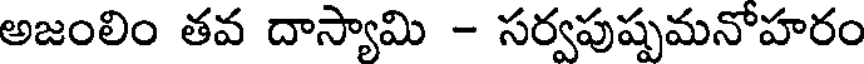
అజంలిం తవ దాస్యామి - సర్వపుష్పమనోహరం